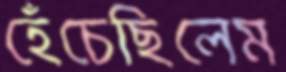
হেঁচেছিলেম